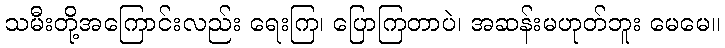
သမီးတို့အကြောင်းလည်း ရေးကြ၊ ပြောကြတာပဲ၊ အဆန်းမဟုတ်ဘူး မေမေ။